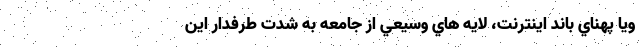
ويا پهناي باند اينترنت، لايه هاي وسيعي از جامعه به شدت طرفدار این